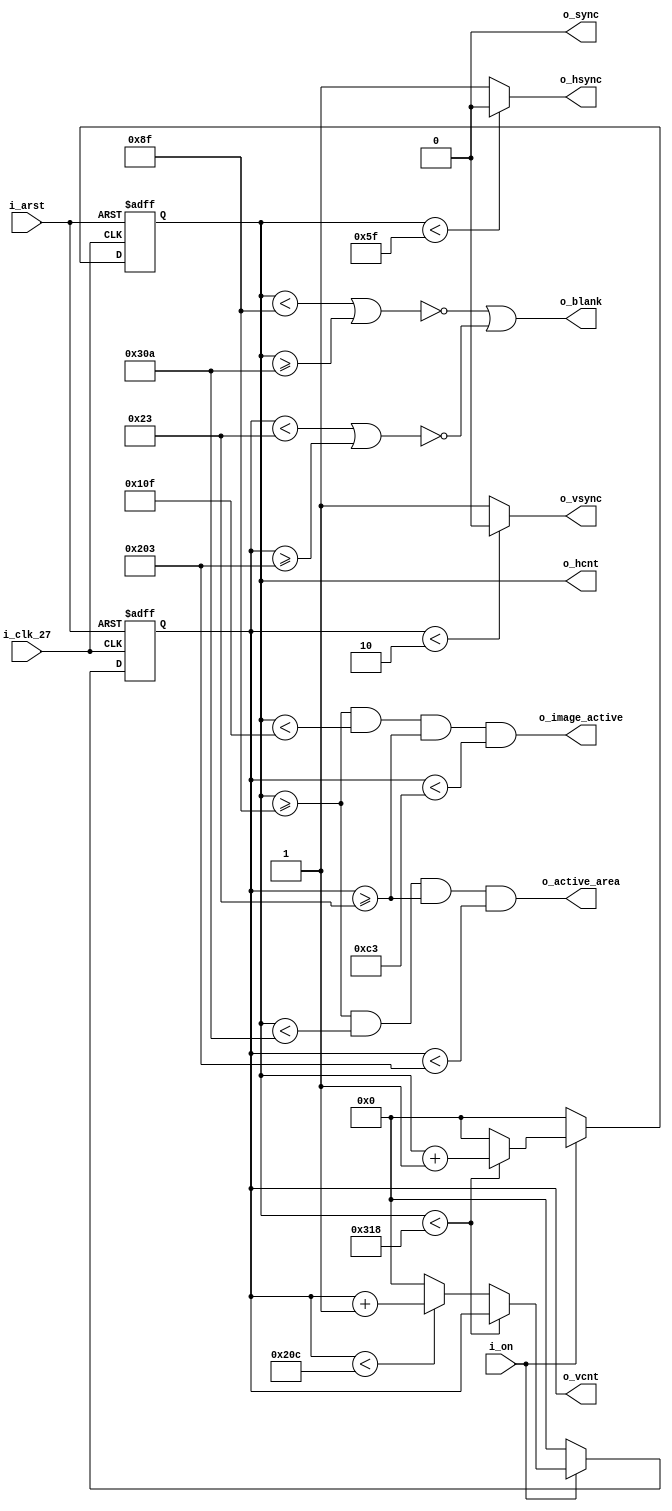
// Module: vga_gen.v
// Main project: One-channel BAM (Binary angle modulation) signal generator with VGA output.
// Module description: VGA signal timings generating module.

module vga_gen (i_clk_27, i_on, i_arst, o_active_area, o_image_active, o_hcnt, o_vcnt, o_hsync, o_vsync, o_blank, o_sync);

input i_clk_27;
input i_on;
input i_arst;
output wire o_active_area;
output wire o_image_active;
output reg [9:0] o_hcnt;
output reg [9:0] o_vcnt;	
output wire o_hsync; 
output wire o_vsync;
output wire o_blank;
output wire o_sync;

// H-timings
parameter h_sync = 95;			// 3,8 us
parameter h_back_porch = 48;	// (47,5) 1,9 us
parameter h_active = 635;		// 25,4 us
parameter h_front_porch = 15;	// 0,6 us

parameter h_before_blank_end = h_sync + h_back_porch;
parameter h_after_blank_start = h_sync + h_back_porch + h_active;
parameter h_total = h_sync + h_back_porch + h_active + h_front_porch;

// V-timings
parameter v_sync = 2;			// lines 
parameter v_back_porch = 33;	// lines
parameter v_active = 480;		// lines
parameter v_front_porch = 10;	// lines

parameter v_before_blank_end = v_sync + v_back_porch;
parameter v_after_blank_start = v_sync + v_back_porch + v_active;
parameter v_total = v_sync + v_back_porch + v_active + v_front_porch;

wire h_blank, v_blank;
assign h_blank = ~((o_hcnt < h_before_blank_end) | (o_hcnt >= h_after_blank_start));
assign v_blank = ~((o_vcnt < v_before_blank_end) | (o_vcnt >= v_after_blank_start));

// Control signals assignments
assign o_hsync = (o_hcnt < h_sync) ? 1'b0 : 1'b1;	// active LOW
assign o_vsync = (o_vcnt < v_sync) ? 1'b0 : 1'b1;	// active LOW
assign o_blank = (h_blank | v_blank);
assign o_sync = 1'b0;							// to GND, no sync-on-green is allowed

assign o_active_area = ((o_hcnt >= h_before_blank_end) && (o_hcnt < h_after_blank_start) && (o_vcnt >= v_before_blank_end) && (o_vcnt < v_after_blank_start));		

// Image borders
parameter h_image_start = h_sync + h_back_porch;
parameter h_image_end = h_sync + h_back_porch + 8'd128;

parameter v_image_start = v_sync + v_back_porch;
parameter v_image_end = v_sync + v_back_porch + 8'd160;

assign o_image_active = ((o_hcnt >= h_image_start) && (o_hcnt < h_image_end) && (o_vcnt >= v_image_start) && (o_vcnt < v_image_end));		

always @(posedge i_clk_27, negedge i_arst) begin 	
	if (~i_arst) begin
		o_hcnt <= {10{1'b0}};
		o_vcnt <= {10{1'b0}};
	end else begin 
		if (i_on) begin
			if (o_hcnt < h_total - 1) begin
				o_hcnt <= o_hcnt + 1'b1;
			end else begin 
				o_hcnt <= {10{1'b0}};
			
				if (o_vcnt < v_total - 1) begin 
					o_vcnt <= o_vcnt  + 1'b1;
				end else begin
					o_vcnt <= {10{1'b0}};
				end
			end
		end else begin
			o_hcnt <= {10{1'b0}};
			o_vcnt <= {10{1'b0}};
		end
	end
end
endmodule